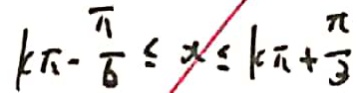
k \pi - \frac { \pi } { 6 } \leq x \leq ( k \pi + \frac { \pi } { 3 } )